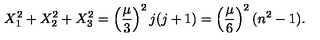
X _ { 1 } ^ { 2 } + X _ { 2 } ^ { 2 } + X _ { 3 } ^ { 2 } = \left( { \frac { \mu } { 3 } } \right) ^ { 2 } j ( j + 1 ) = \left( { \frac { \mu } { 6 } } \right) ^ { 2 } ( n ^ { 2 } - 1 ) .